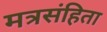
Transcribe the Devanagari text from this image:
मत्रसंहिता